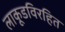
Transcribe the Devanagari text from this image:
लाकूडविरहित